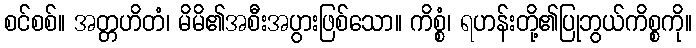
စင်စစ်။ အတ္တဟိတံ၊ မိမိ၏အစီးအပွားဖြစ်သော။ ကိစ္စံ၊ ရဟန်းတို့၏ပြုဘွယ်ကိစ္စကို။